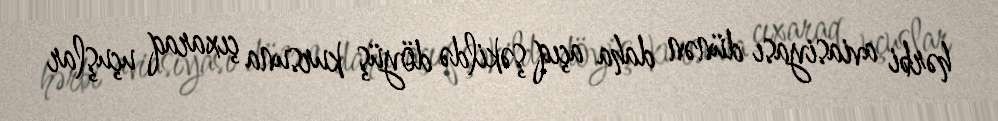
hərbi aviasiyası dünən daha açıq şəkildə döyüş kursuna çıxaraq uçuşlar